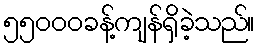
၅၅၀၀၀ခန့်ကျန်ရှိခဲ့သည်။